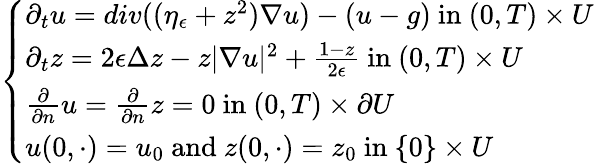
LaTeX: \left\{ \begin{array}{ll}{\partial_{t}u=div((\eta_{\epsilon}+z^{2})\nabla u)-(u-g)\mathrm{~in~}(0,T)\times U}\\ {\partial_{t}z=2\epsilon\Delta z-z|\nabla u|^{2}+\frac{1-z}{2\epsilon}\mathrm{~in~}(0,T)\times U}\\ {\frac{\partial}{\partial n}u=\frac{\partial}{\partial n}z=0\mathrm{~in~}(0,T)\times\partial U}\\ {u(0,\cdot)=u_{0}\mathrm{~and~}z(0,\cdot)=z_{0}\mathrm{~in~}\{ 0\} \times U}\end{array}\right.